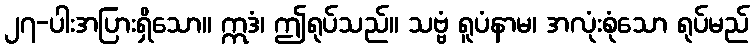
၂၇-ပါးအပြားရှိသော။ ဣဒံ၊ ဤရုပ်သည်။ သဗ္ဗံ ရူပံနာမ၊ အလုံးစုံသော ရုပ်မည်